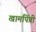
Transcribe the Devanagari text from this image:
खामपिंप्री